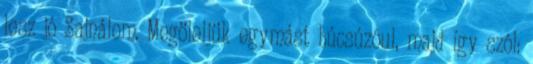
lesz jó Sajnálom. Megöleljük egymást búcsúzóul, majd így szól: